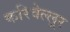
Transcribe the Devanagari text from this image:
करिवेल्लूर